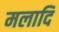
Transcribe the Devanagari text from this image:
मलादि